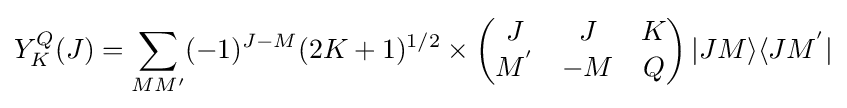
Y_{K}^{Q}(J)=\sum _{MM^{\prime }}(-1)^{J-M}(2K+1)^{1/2}\times \left({\begin{matrix}J&J&K\\M^{^{\prime }}&-M&Q\end{matrix}}\right)|JM\rangle \langle JM^{^{\prime }}|